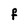
Character: f